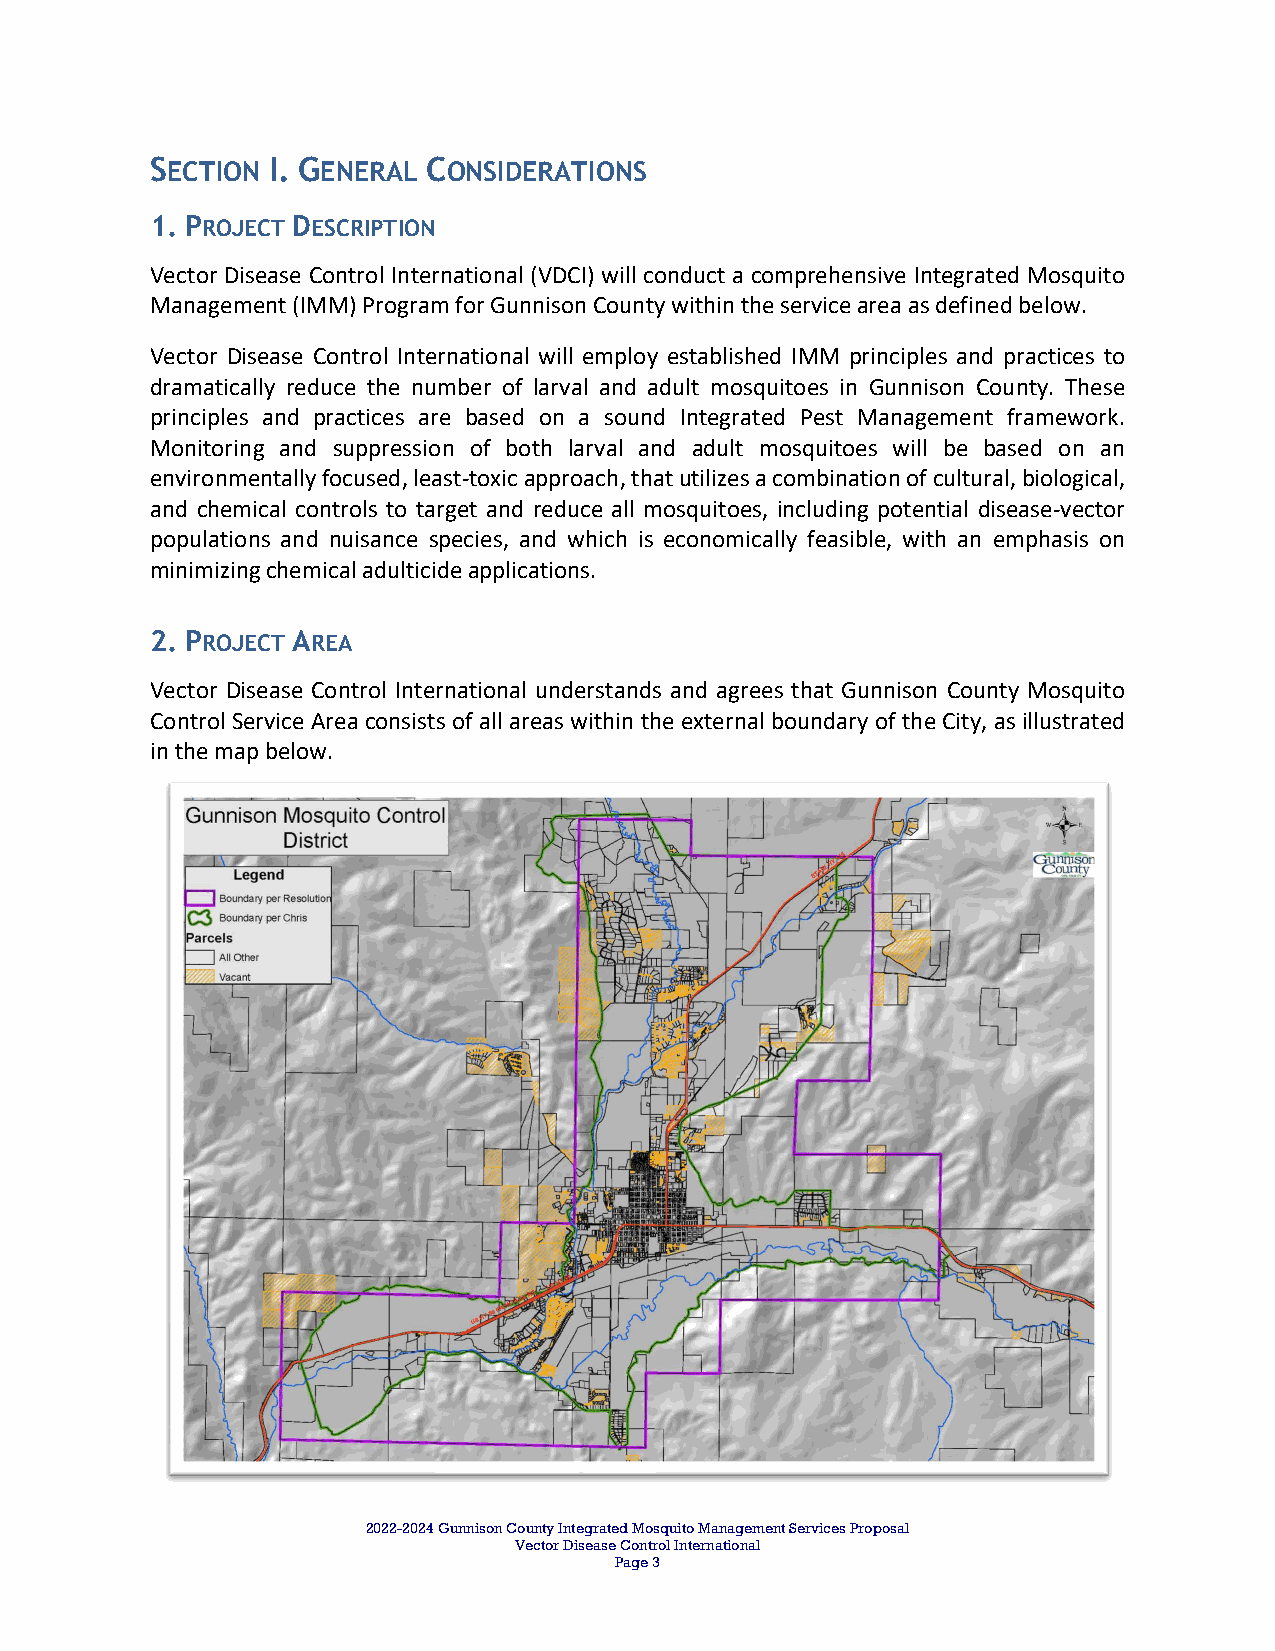
SECTION I. GENERAL CONSIDERATIONS
 1. PROJECT DESCRIPTION
 Vector Disease Control International (VDCI) will conduct a comprehensive Integrated Mosquito
 Management (IMM) Program for Gunnison County within the service area as defined below.
 Vector Disease Control International will employ established IMM principles and practices to
 dramatically reduce the number of larval and adult mosquitoes in Gunnison County. These
 principles and practices are based on a sound Integrated Pest Management framework.
 Monitoring and suppression of both larval and adult mosquitoes will be based on an
 environmentally focused, least‐toxic approach, that utilizes a combination of cultural, biological,
 and chemical controls to target and reduce all mosquitoes, including potential disease‐vector
 populations and nuisance species, and which is economically feasible, with an emphasis on
 minimizing chemical adulticide applications.
 2. PROJECT AREA
 Vector Disease Control International understands and agrees that Gunnison County Mosquito
 Control Service Area consists of all areas within the external boundary of the City, as illustrated
 in the map below.
 2022-2024 Gunnison County Integrated Mosquito Management Services Proposal
 Vector Disease Control International
 Page 3